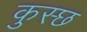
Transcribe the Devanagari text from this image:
कुस्छ